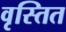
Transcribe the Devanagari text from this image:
वृस्तित